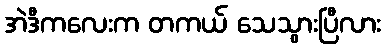
အဲဒီကလေးက တကယ် သေသွားပြီလား